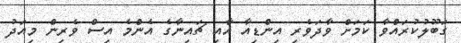
ގަބޫލުކުރައްވާ ކަމަށް ވާދަވެރި އިންޑިއާ އާއި ޗައިނާގެ އެންމެ އިސް ވެރިން މިއަދު